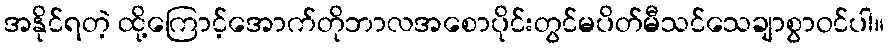
အနိုင်ရတဲ့ ထို့ကြောင့်အောက်တိုဘာလအစောပိုင်းတွင်မပိတ်မီသင်သေချာစွာဝင်ပါ။